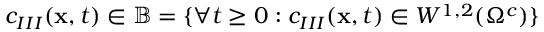
c _ { I I I } ( \mathbf { x } , t ) \in \mathbb { B } = \lbrace \forall t \geq 0 : c _ { I I I } ( \mathbf { x } , t ) \in W ^ { 1 , 2 } ( \Omega ^ { c } ) \rbrace